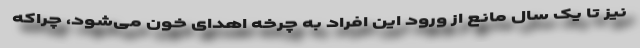
نیز تا یک سال مانع از ورود این افراد به چرخه اهدای خون می‌شود، چراکه